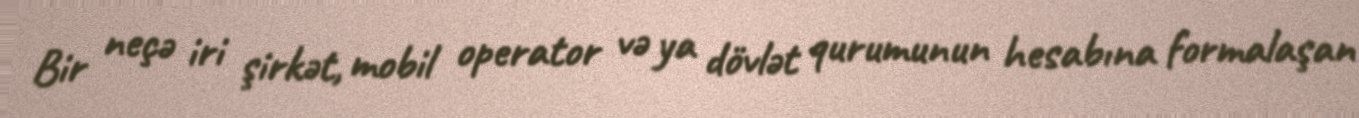
Bir neçə iri şirkət, mobil operator və ya dövlət qurumunun hesabına formalaşan